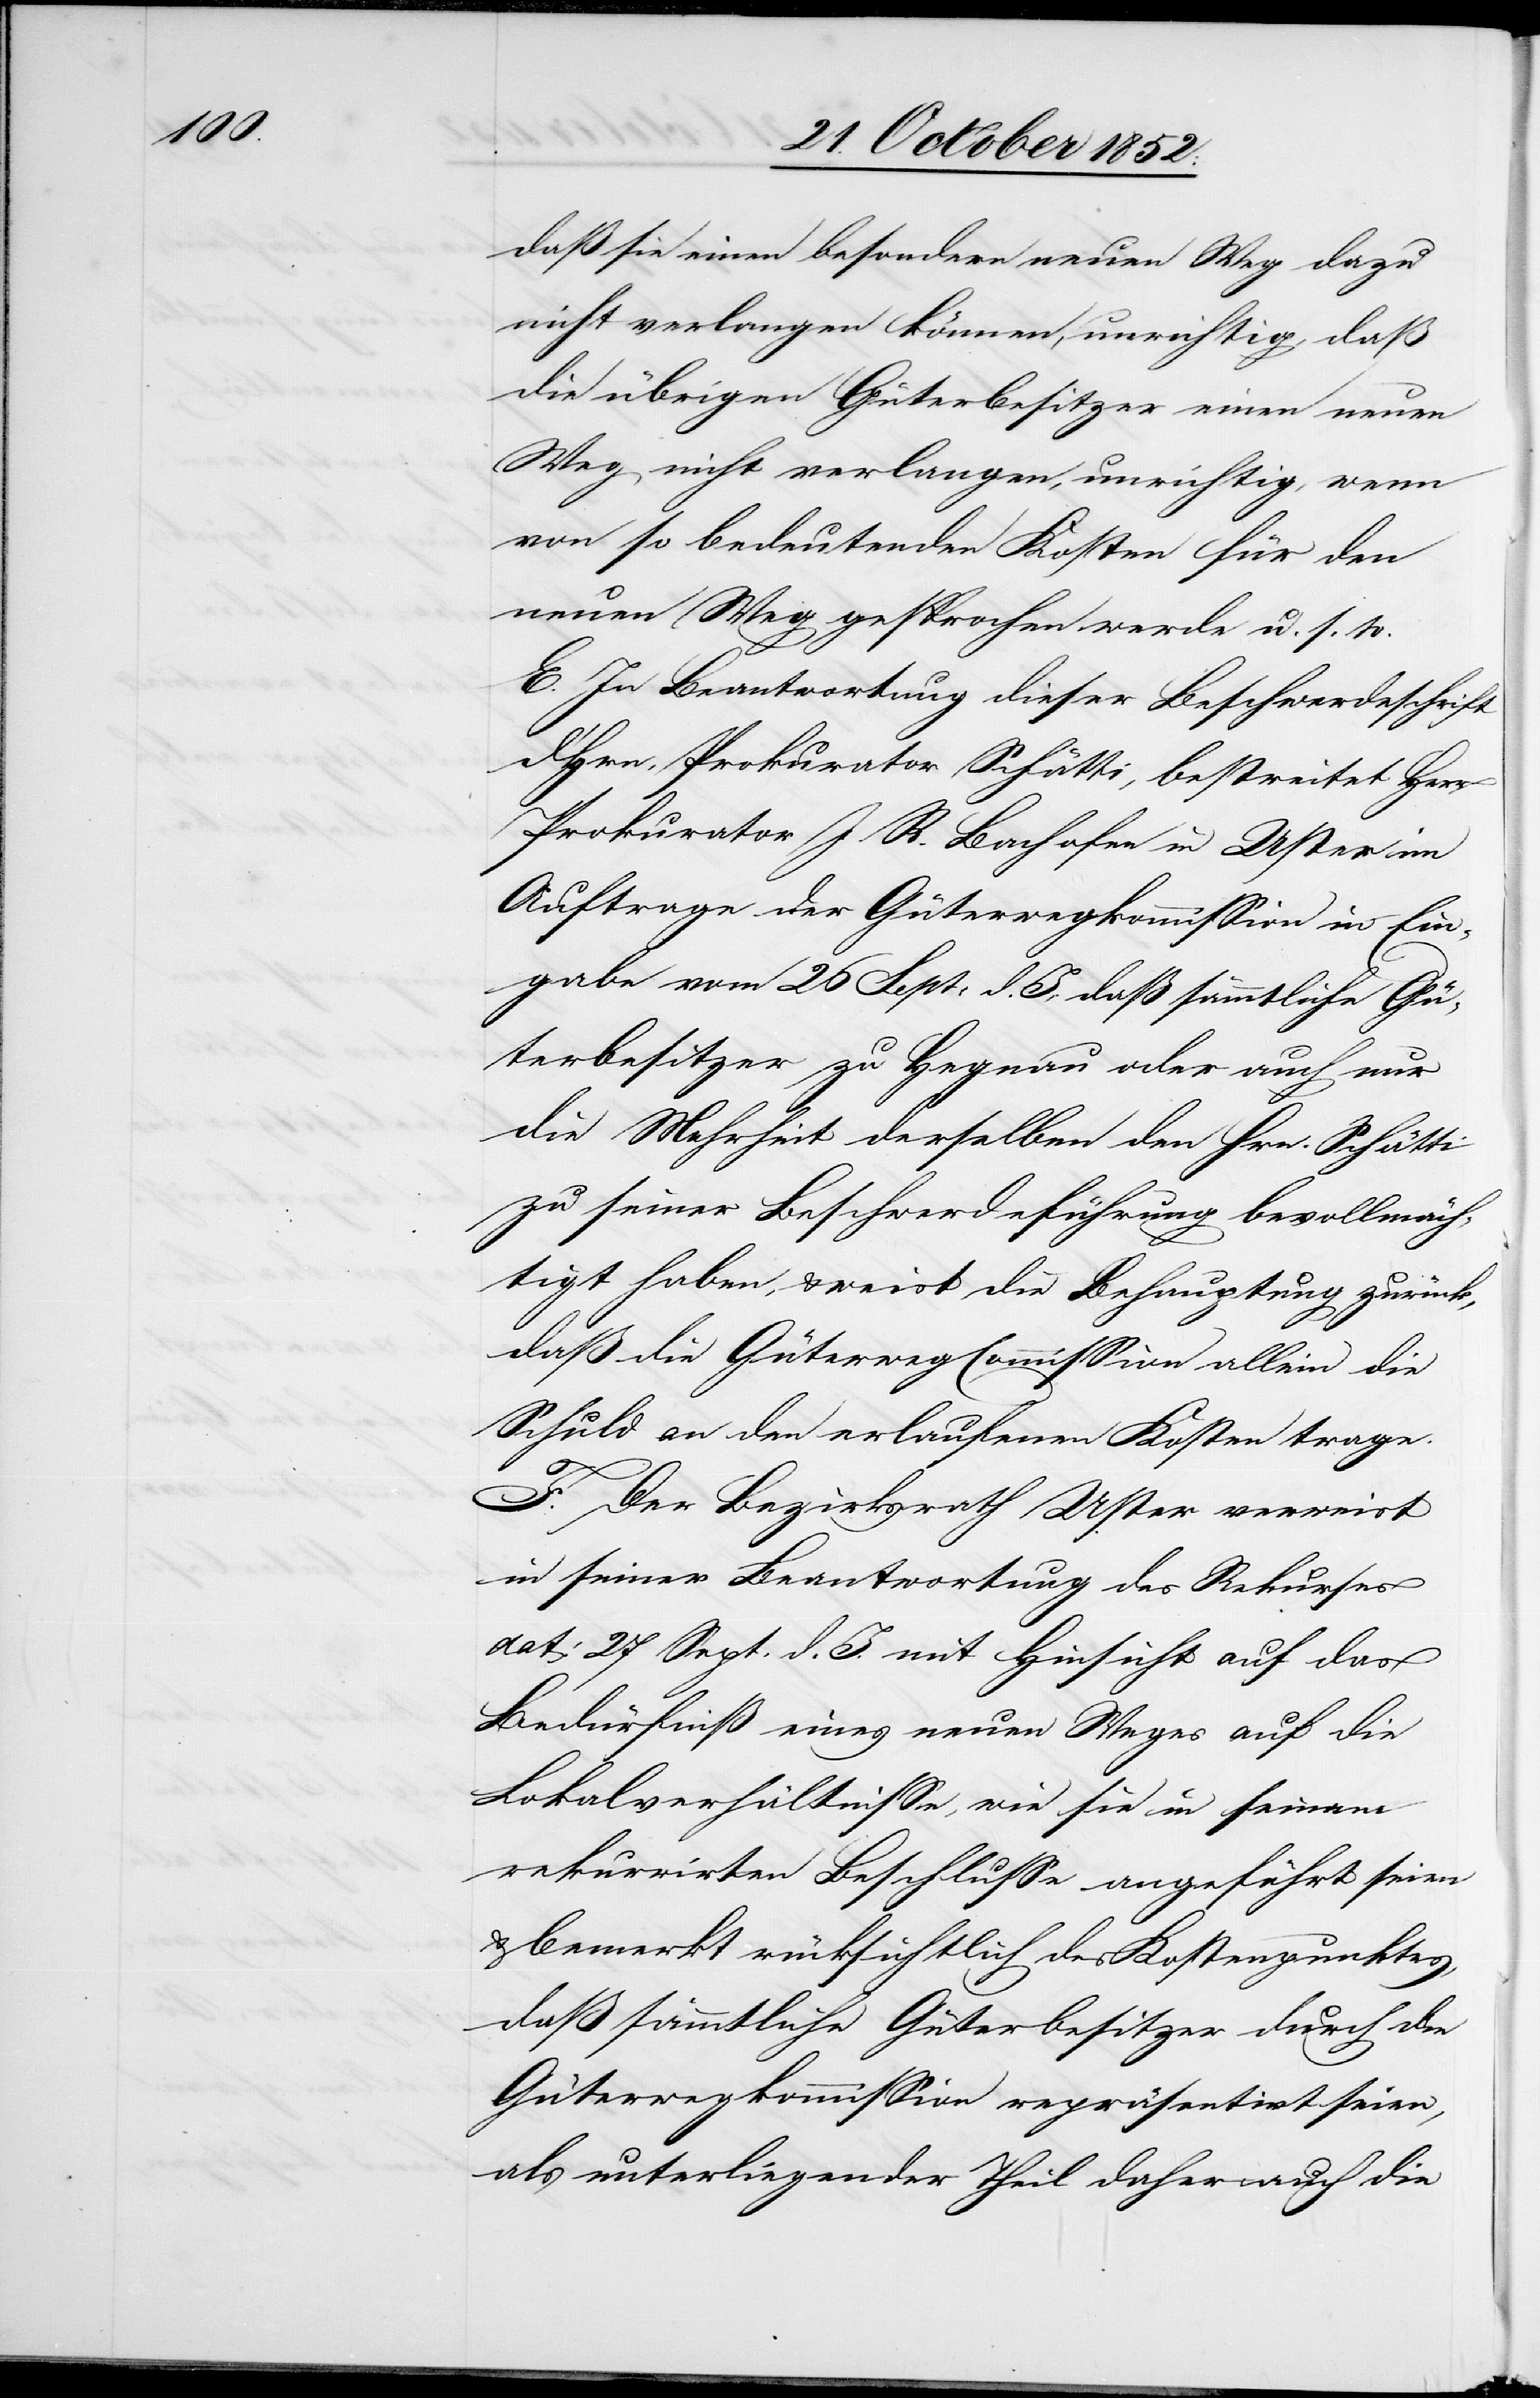
daß sie einen besondern neuen Weg dazu
nicht verlangen können, unrichtig, daß
die übrigen Güterbesitzer einen neuen
Weg nicht verlangen, unrichtig, wenn
von so bedeutenden Kosten für den
neuen Weg gesprochen werde u. s. w.
E. In Beantwortung dieser Beschwerdeschrift
d. Hrn. Prokurator Schätti, bestreitet Herr
Prokurator J. R. Bachofen in Uster im
Auftrage der Güterwegkommission in Ein¬
gabe vom 26 Sept: d. J., daß sämmtliche Gü¬
terbesitzer zu Hegnau oder auch nur
die Mehrheit derselben den Hrn. Schätti
zu seiner Beschwerdeführung bevollmäch¬
tigt haben, & weist die Behauptung zurück,
daß die Güterweg[-]Commission allein die
Schuld an den erlaufenen Kosten trage.
F. Der Bezirksrath Uster verweist
in seiner Beantwortung des Rekurses
dat: 27 Sept. d. J. mit Hinsicht auf das
Bedürfniß eines neuen Weges auf die
Lokalverhältnisse, wie sie in seinem
rekurrirten Beschlusse angeführt seien
& bemerkt rücksichtlich des Kostenpunktes,
daß sämmtliche Güterbesitzer durch die
Güterwegkommission repräsentirt seien,
als unterliegender Theil daher auch die